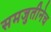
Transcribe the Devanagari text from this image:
समजुतीनेच